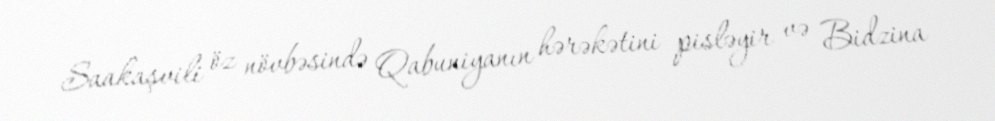
Saakaşvili öz növbəsində Qabuniyanın hərəkətini pisləyir və Bidzina